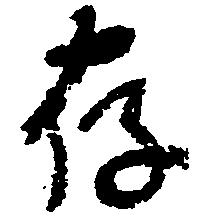
存